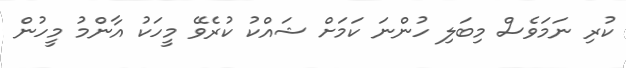
ކުރި ނަމަވެސް މިބަލި ހުންނަ ކަމަށް ޝައްކު ކުރެވޭ މީހަކު އާންމު މީހުން